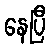
နေပြီ